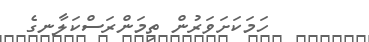
ހަމަކަށަވަރުން ތިމަންރަސްކަލާނގެ